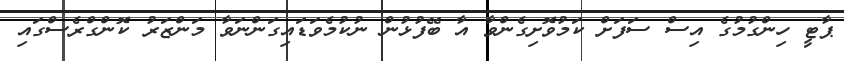
ޕާޓީ ހިންގުމުގެ އިސް ސަފަށް ކަމުވޮށިގެންވާ އާ ބޭފުޅުން ނުކުމެވަޑައިގަންނަވާ މަންޒަރު ކޮންގްރެސްގައި